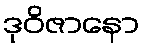
ဒုဝိဇာနော